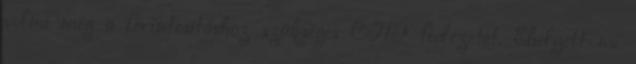
volna meg a forintosításhoz szükséges CHF fedezetet. Ehelyett mi